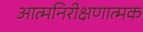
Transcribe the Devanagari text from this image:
आत्मनिरीक्षणात्मक